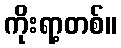
ကိုးရာ့တစ်။